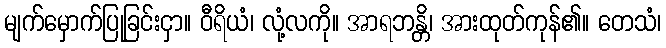
မျက်မှောက်ပြုခြင်းငှာ။ ဝီရိယံ၊ လုံ့လကို။ အာရဘန္တိ၊ အားထုတ်ကုန်၏။ တေသံ၊